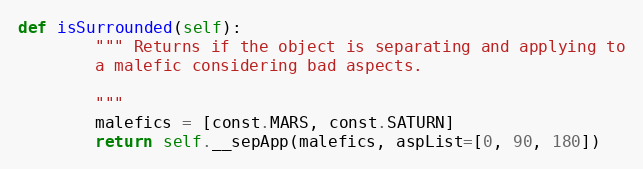
Language: Python
def isSurrounded(self):
        """ Returns if the object is separating and applying to
        a malefic considering bad aspects.

        """
        malefics = [const.MARS, const.SATURN]
        return self.__sepApp(malefics, aspList=[0, 90, 180])